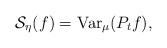
\begin{align*}\mathcal{S}_{\eta} (f) = \mathrm{Var}_{\mu} (P_t f), \end{align*}